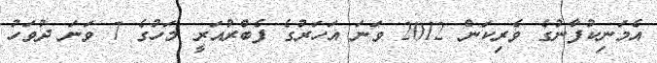
އެމަނިކުފާނުގެ ވެރިކަން 2012 ވަނަ އަހަރުގެ ފެބްރުއަރީ މަހުގެ 7 ވަނަ ދުވަހު